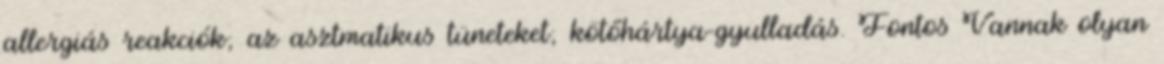
allergiás reakciók; az asztmatikus tüneteket; kötőhártya-gyulladás. Fontos Vannak olyan